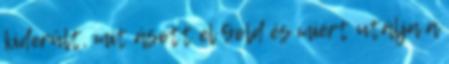
kiderült, mit ásott el Gold és miért utálja a